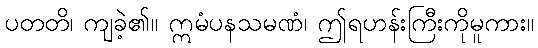
ပတတိ၊ ကျခဲ့၏။ ဣမံပနသမဏံ၊ ဤရဟန်းကြီးကိုမူကား။